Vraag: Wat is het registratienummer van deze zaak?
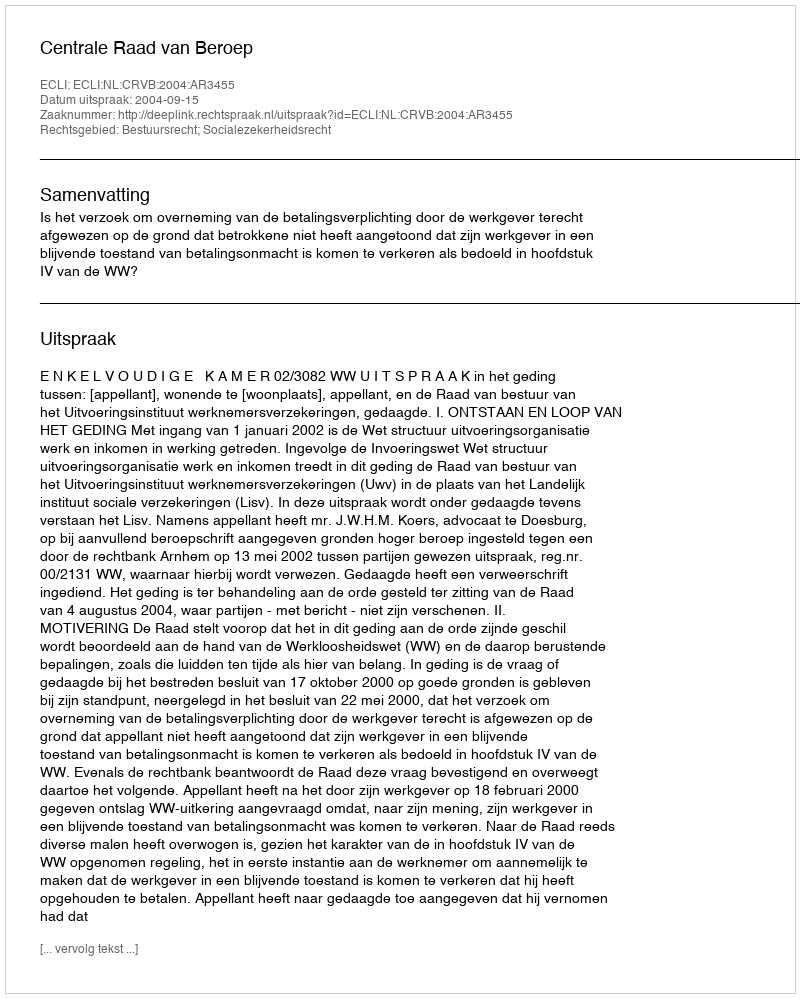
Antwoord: http://deeplink.rechtspraak.nl/uitspraak?id=ECLI:NL:CRVB:2004:AR3455